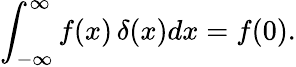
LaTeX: \int_{-\infty}^{\infty}f(x)\, \delta(x)dx=f(0).